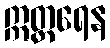
ဣတ္တရေန